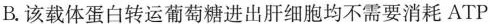
B. 该载体蛋白转运葡萄糖进出肝细胞均不需要消耗ATP